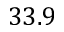
3 3 . 9